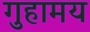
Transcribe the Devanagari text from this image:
गुहामय